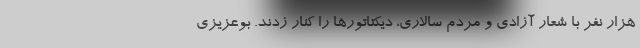
هزار نفر با شعار آزادی و مردم سالاری، دیکتاتورها را کنار زدند. بوعزیزی